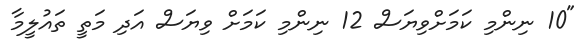
"10 ނިންމި ކަމަށްވިޔަސް 12 ނިންމި ކަމަށް ވިޔަސް އަދި މަތީ ތައުލީމާ